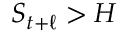
S _ { t + \ell } > H